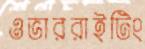
ওভাররাইটিং